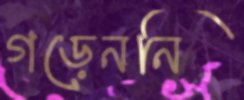
গড়েননি